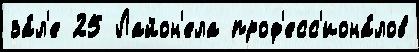
за́л'е 25 Лайон'ела проф'есс'иона́лов